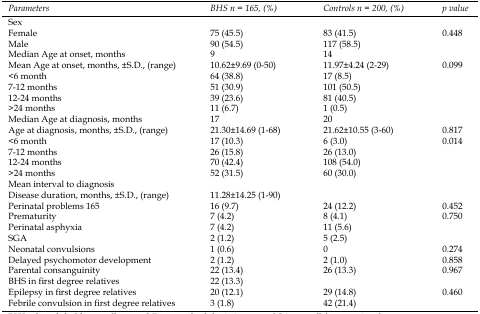
| Parameters | BHSn = 165, (%) | Controlsn = 200, (%) | p value |
 | --- | --- | --- | --- |
 | Sex |  |  |  |
 | Female | 75 (45.5) | 83 (41.5) | 0.448 |
 | Male | 90 (54.5) | 117 (58.5) |  |
 | Median Age at onset, months | 9 | 14 |  |
 | Mean Age at onset, months, ±S.D., (range) | 10.62±9.69 (0-50) | 11.97±4.24 (2-29) | 0.099 |
 | <6 month | 64 (38.8) | 17 (8.5) |  |
 | 7-12 months | 51 (30.9) | 101 (50.5) |  |
 | 12-24 months | 39 (23.6) | 81 (40.5) |  |
 | >24 months | 11 (6.7) | 1 (0.5) |  |
 | Median Age at diagnosis, months | 17 | 20 |  |
 | Age at diagnosis, months, ±S.D., (range) | 21.30±14.69 (1-68) | 21.62±10.55 (3-60) | 0.817 |
 | <6 month | 17 (10.3) | 6 (3.0) | 0.014 |
 | 7-12 months | 26 (15.8) | 26 (13.0) |  |
 | 12-24 months | 70 (42.4) | 108 (54.0) |  |
 | >24 months | 52 (31.5) | 60 (30.0) |  |
 | Mean interval to diagnosis |  |  |  |
 | Disease duration, months, ±S.D., (range) | 11.28±14.25 (1-90) |  |  |
 | Perinatal problems 165 | 16 (9.7) | 24 (12.2) | 0.452 |
 | Prematurity | 7 (4.2) | 8 (4.1) | 0.750 |
 | Perinatal asphyxia | 7 (4.2) | 11 (5.6) |  |
 | SGA | 2 (1.2) | 5 (2.5) |  |
 | Neonatal convulsions | 1 (0.6) | 0 | 0.274 |
 | Delayed psychomotor development | 2 (1.2) | 2 (1.0) | 0.858 |
 | Parental consanguinity | 22 (13.4) | 26 (13.3) | 0.967 |
 | BHS in first degree relatives | 22 (13.3) |  |  |
 | Epilepsy in first degree relatives | 20 (12.1) | 29 (14.8) | 0.460 |
 | Febrile convulsion in first degree relatives | 3 (1.8) | 42 (21.4) |  |